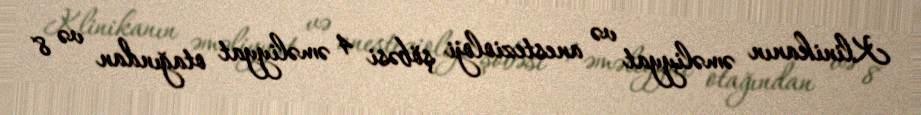
Klinikanın əməliyyat və anestezioloji şöbəsi 4 əməliyyat otağından və 8